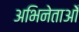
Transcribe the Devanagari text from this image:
अभिनेताओँ